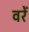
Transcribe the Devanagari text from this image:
वरें